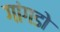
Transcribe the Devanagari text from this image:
गांगडोे